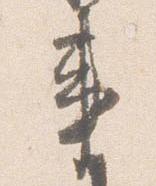
事